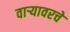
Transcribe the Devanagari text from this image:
वाऱ्यावरचे